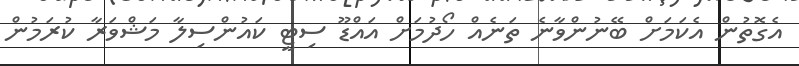
އެގޮތުން އެކަމަށް ބޭނުންވާނެ ތަނެއް ހޯދުމަށް އައްޑޫ ސިޓީ ކައުންސިލާ މަޝްވަރާ ކުރަމުން